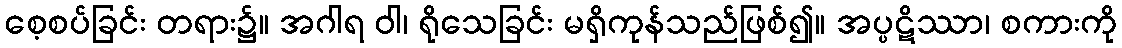
စေ့စပ်ခြင်း တရား၌။ အဂါရ ဝါ၊ ရိုသေခြင်း မရှိကုန်သည်ဖြစ်၍။ အပ္ပဋိဿာ၊ စကားကို